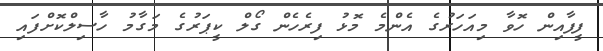
ފީފާއިން ހޮވާ މިއަހަރުގެ އެންމެ މޮޅު ފިރެހެން ގޯލް ކީޕަރުގެ މަގާމު ހާސިލްކޮށްފައި